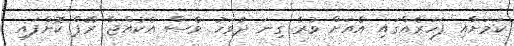
ކަމަށާއި ފަހަރެއްގައި އެއަށް ވުރެ ގިނަ ދުވަހު ވެސް އެކުއްޖާ ރޭޕް ކޮށްފައި